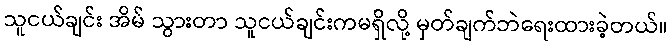
သူငယ်ချင်း အိမ် သွားတာ သူငယ်ချင်းကမရှိလို့ မှတ်ချက်ဘဲရေးထားခဲ့တယ်။